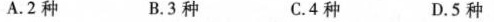
A.2种 B.3种 C.4种 D.5种